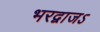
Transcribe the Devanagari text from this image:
भरद्वाजऽ